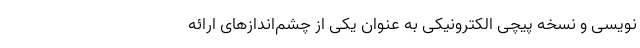
‌نویسی و نسخه ‌پیچی الکترونیکی به عنوان یکی از چشم‌اندازهای ارائه